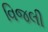
વિજલી